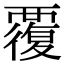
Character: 覆